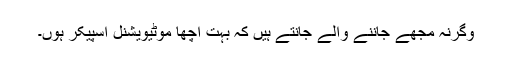
وگرنہ مجھے جاننے والے جانتے ہیں کہ بہت اچھا موٹیویشنل اسپیکر ہوں۔